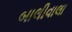
બાલીવાલા